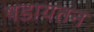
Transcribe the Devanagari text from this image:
षडायतन